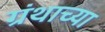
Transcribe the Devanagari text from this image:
ग्रंथाच्‍या